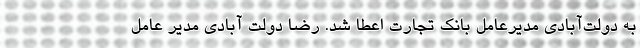
به دولت‌آبادی مدیرعامل بانک تجارت اعطا شد. رضا دولت آبادی مدیر عامل